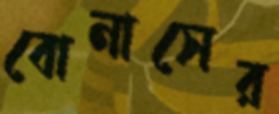
বোনাসের